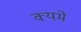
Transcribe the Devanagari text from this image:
क्यमे